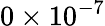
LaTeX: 0\times 10^{-7}